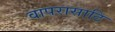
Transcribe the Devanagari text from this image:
वापरासाठि